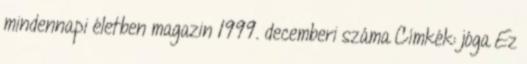
mindennapi életben magazin 1999. decemberi száma Címkék: jóga Ez